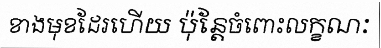
ខាងមុខដែរហើយ ប៉ុន្តែចំពោះលក្ខណៈ